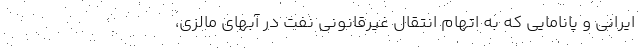
ایرانی و پانامایی که به اتهام انتقال غیرقانونی نفت در آبهای مالزی،